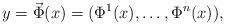
LaTeX: \begin{align*}y=\vec \Phi(x)=(\Phi^1(x),\ldots, \Phi^n(x)),\end{align*}